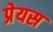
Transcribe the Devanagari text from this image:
प्रेयस